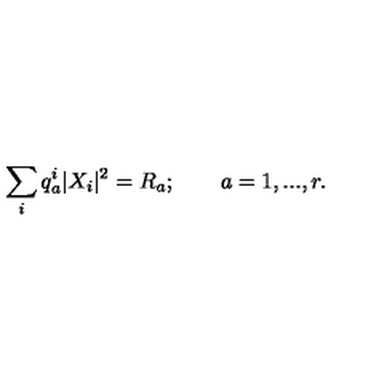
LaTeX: \sum _ { i } q _ { a } ^ { i } | X _ { i } | ^ { 2 } = R _ { a } ; \qquad a = 1 , . . . , r .